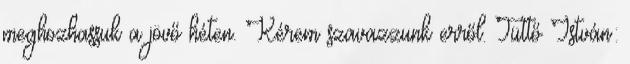
meghozhassuk a jövő héten. Kérem szavazzunk erről. Tüttő István: